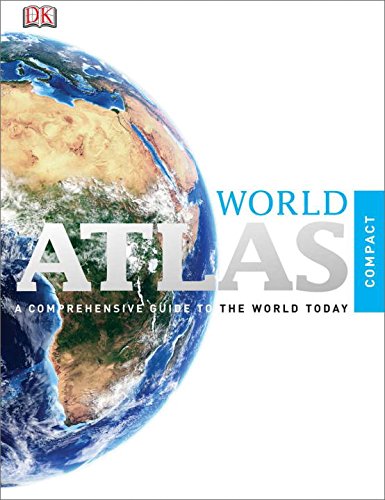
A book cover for Compact Atlas of the World (Compact World Atlas); DK Publishing; Reference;